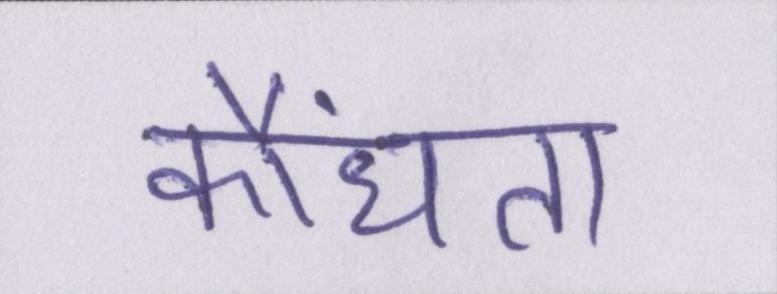
कौंधता